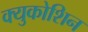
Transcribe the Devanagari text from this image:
क्युकोशिन